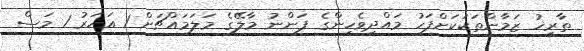
ތާރީޚު ޒަމާންތަކަކަށްފަހު މައްދިވެހިންގެ ފަންނު މާލޭގެ މަލަމައްޗަށް 1 އަހަރު 1 މަސް